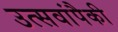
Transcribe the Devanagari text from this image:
उत्सवांपैकी